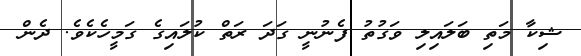
ޝިކާ މަތި ބަލައިލި ވަގުތު ފެނުނީ ގަދަ ރަތް ކުލައިގެ ގަމީހެކެވެ. ދެން